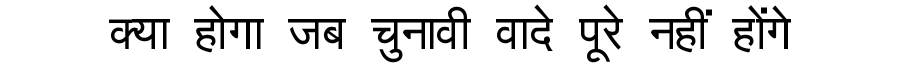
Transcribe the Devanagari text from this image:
क्या होगा जब चुनावी वादे पूरे नहीं होंगे